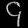
Digit: ၄